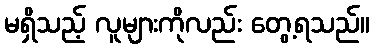
မရှိသည့် လူများကိုလည်း တွေ့ရသည်။